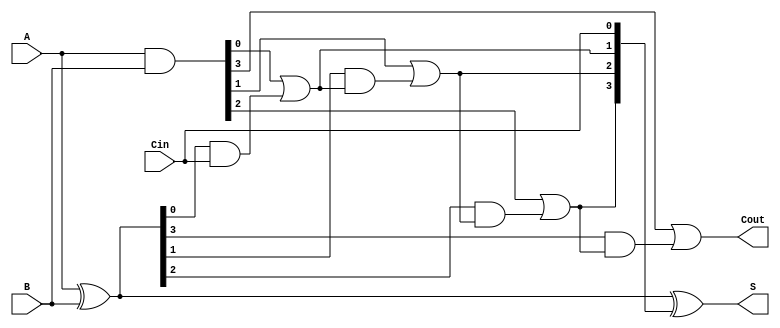
module ParallelPrefixAdder #(parameter N = 4) (
    input  [N-1:0] A,     // First n-bit input
    input  [N-1:0] B,     // Second n-bit input
    input         Cin,     // Carry-in
    output [N-1:0] S,     // n-bit sum output
    output        Cout     // Carry-out
);
    // Generate and Propagate signals
    wire [N-1:0] G; // Generate
    wire [N-1:0] P; // Propagate
    wire [N:0] C;    // Carry bits

    // Generate and Propagate calculations
    assign G = A & B;          // G[i] = A[i] AND B[i]
    assign P = A ^ B;          // P[i] = A[i] XOR B[i]

    // Carry bits initialization
    assign C[0] = Cin;         // C[0] = Cin

    // Carry generation using Kogge-Stone logic
    genvar i, j;
    generate
        // Level 1
        for (i = 0; i < N; i = i + 1) begin : level1
            if (i == 0) begin
                assign C[i+1] = G[i] | (P[i] & C[i]); // C[1] = G[0] | (P[0] & C[0])
            end else begin
                assign C[i+1] = G[i] | (P[i] & C[i]); // C[i+1] = G[i] | (P[i] & C[i])
            end
        end
        
        // Higher levels
        for (j = 1; j < N; j = j + 1) begin : higher_levels
            for (i = 0; i < N-j; i = i + 1) begin : carry_generation
                assign C[i+j+1] = G[i+j] | (P[i+j] & C[i+j]); // Carry propagation
            end
        end
    endgenerate

    // Sum calculation
    assign S = P ^ C[N-1:0]; // S[i] = P[i] XOR C[i]

    // Final carry-out
    assign Cout = C[N]; // Cout = C[n]

endmodule